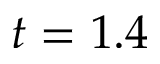
t = 1 . 4